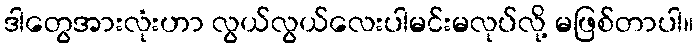
ဒါတွေအားလုံးဟာ လွယ်လွယ်လေးပါမင်းမလုပ်လို့ မဖြစ်တာပါ။